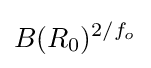
B(R_{0})^{2/f_{o}}